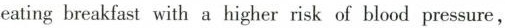
eating breakfast with a higher risk of blood pressure,